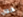
حول